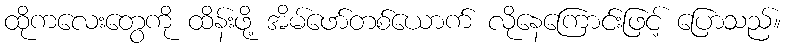
ထိုကလေးတွေကို ထိန်းဖို့ အိမ်ဖော်တစ်ယောက် လိုနေကြောင်းဖြင့် ပြောသည်။